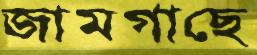
জামগাছে